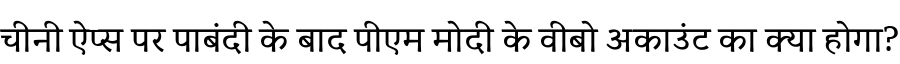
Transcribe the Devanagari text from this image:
चीनी ऐप्स पर पाबंदी के बाद पीएम मोदी के वीबो अकाउंट का क्या होगा?